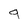
Character: 9